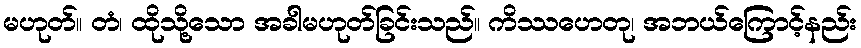
မဟုတ်။ တံ၊ ထိုသို့သော အခါမဟုတ်ခြင်းသည်။ ကိဿဟေတု၊ အဘယ်ကြောင့်နည်း